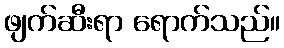
ဖျက်ဆီးရာ ရောက်သည်။